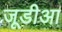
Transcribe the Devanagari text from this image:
जूडीआ